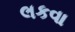
લકવા